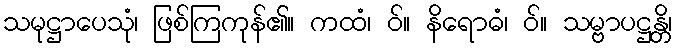
သမုဋ္ဌာပေသုံ၊ ဖြစ်ကြကုန်၏။ ကထံ၊ ဝ်။ နိရောဓံ၊ ဝ်။ သမ္ဗာပဋ္ဌန္တိ၊